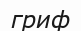
гриф